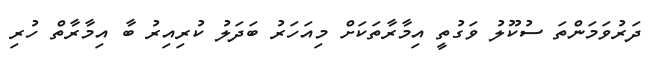
ދަރުވަމަންތަ ސުކޫލު ވަގުތީ އިމާރާތަކަށް މިއަހަރު ބަދަލު ކުރިއިރު ބާ އިމާރާތް ހުރި